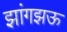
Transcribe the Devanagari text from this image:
झांगझऊ